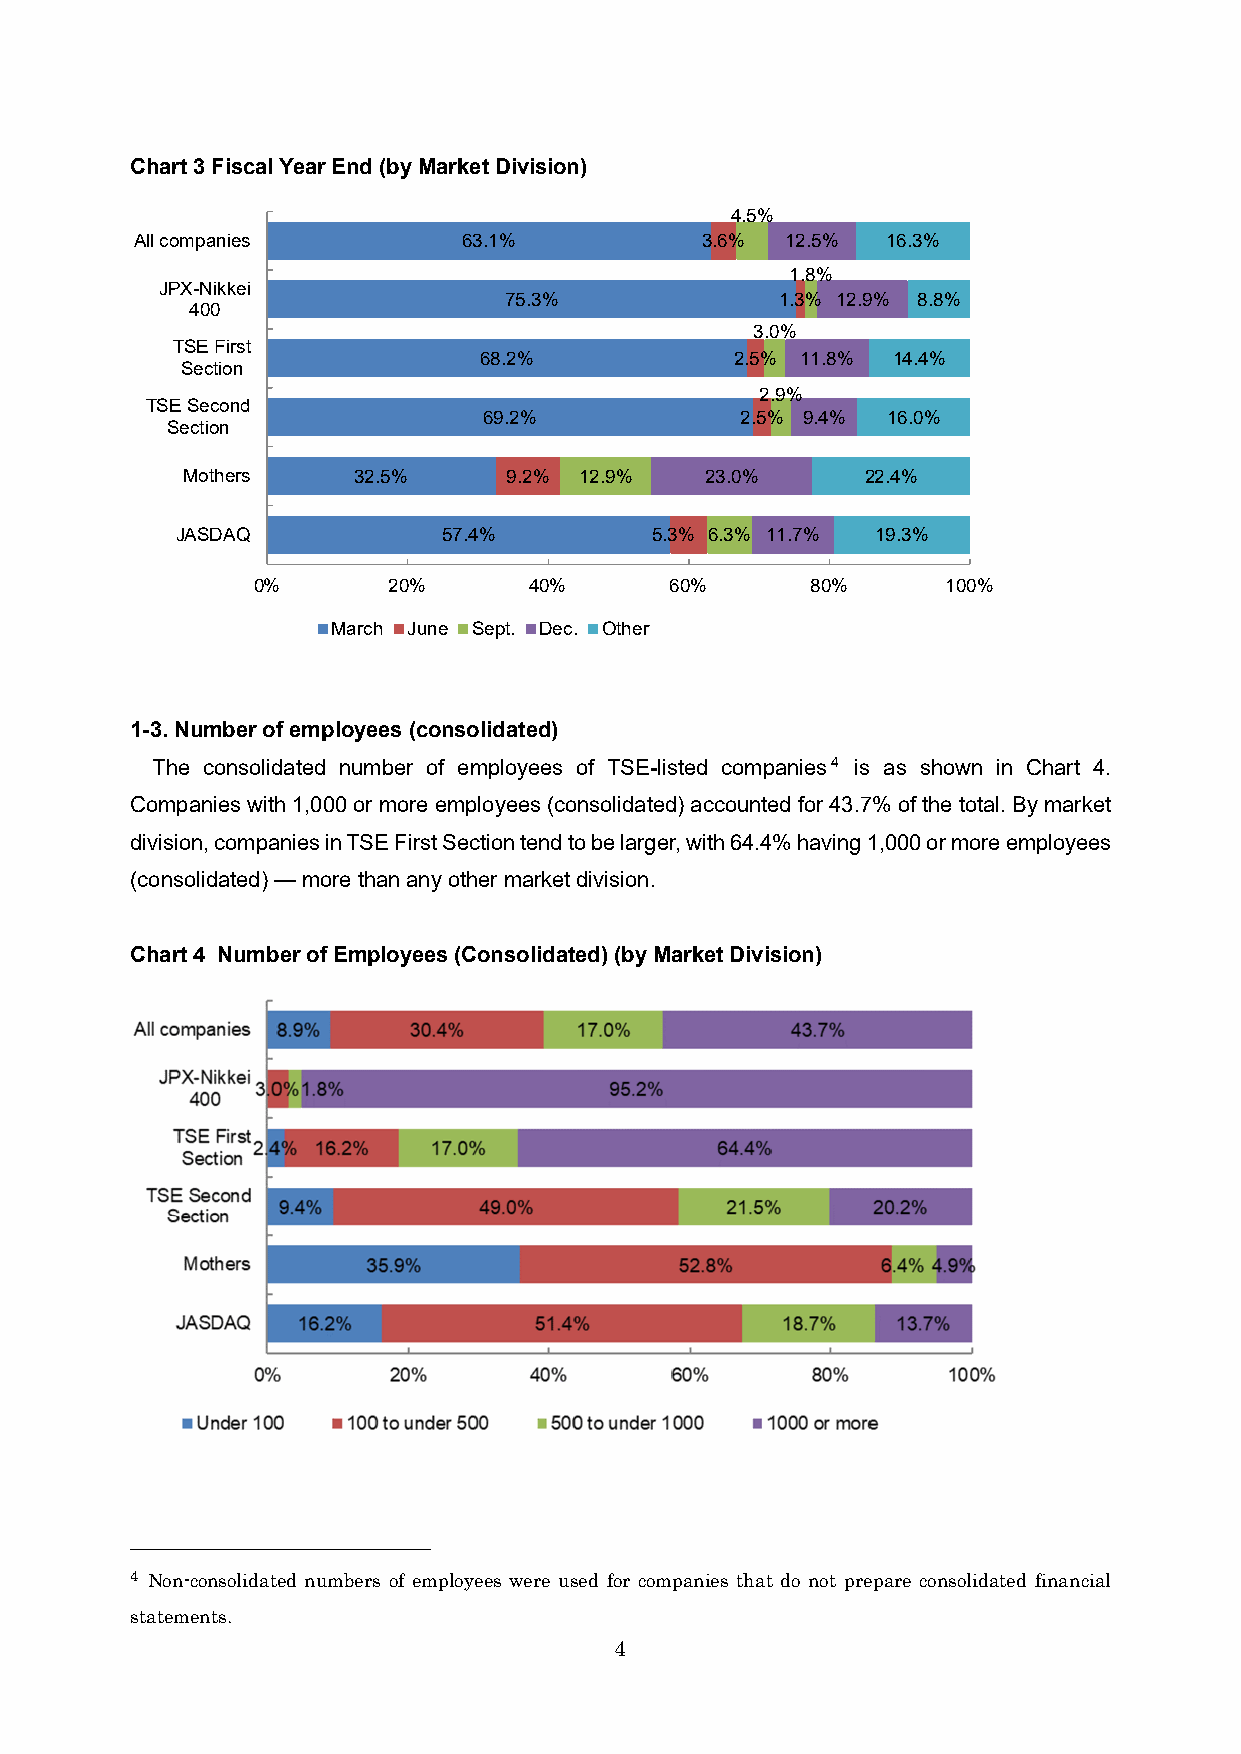
Chart 3 Fiscal Year End (by Market Division)
 4.5%
 All companies         63.1%          3.6%  12.5%  16.3%
 1.8%
 JPX-Nikkei
 75.3%              1.3% 12.9% 8.8%
 400
 3.0%
 TSE First
 68.2%            2.5% 11.8% 14.4%
 Section
 2.9%
 TSE Second
 69.2%            2.5% 9.4% 16.0%
 Section
 Mothers    32.5%      9.2% 12.9%   23.0%     22.4%
 JASDAQ           57.4%         5.3% 6.3% 11.7% 19.3%
 0%       20%      40%      60%       80%      100%
 March June Sept. Dec. Other
 1-3. Number of employees (consolidated)
 The consolidated number of employees of TSE-listed companies4 is as shown in Chart 4.
 Companies with 1,000 or more employees (consolidated) accounted for 43.7% of the total. By market
 division, companies in TSE First Section tend to be larger, with 64.4% having 1,000 or more employees
 (consolidated) — more than any other market division.
 Chart 4 Number of Employees (Consolidated) (by Market Division)
 4 Non-consolidated numbers of employees were used for companies that do not prepare consolidated financial
 statements.
 4